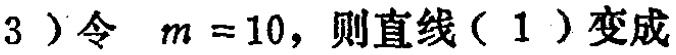
(3)令 \(m = 10\)，则直线(1)变成